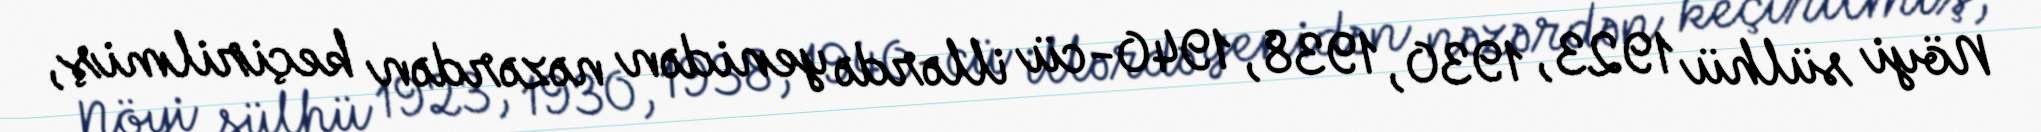
Nöyi sülhü 1923, 1930, 1938, 1940-cü illərdə yenidən nəzərdən keçirilmiş,